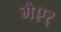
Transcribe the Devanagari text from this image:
मैएर्